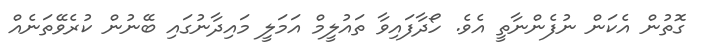
ގޮތުން އެކަން ނުފެންނާތީ އެވެ. ހޯދާފައިވާ ތައުލީމް އަމަލީ މައިދާނުގައި ބޭނުން ކުރެވޭތަނެއް